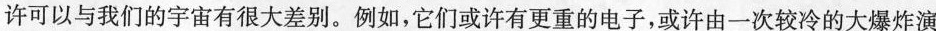
许可以与我们的宇宙有很大差别。例如，它们或许有更重的电子，或许由一次较冷的大爆炸演